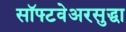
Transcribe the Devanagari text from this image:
सॉफ्टवेअरसुद्धा